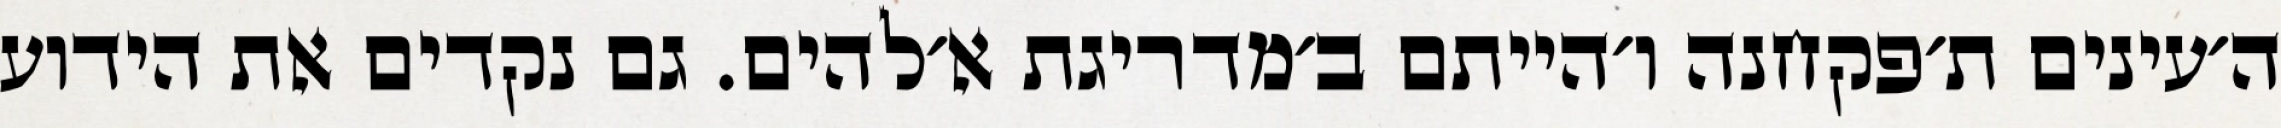
ה׳עינים ת׳פקחנה ו׳הייתם ב׳מדריגת א׳להים. גם נקדים את הידוע